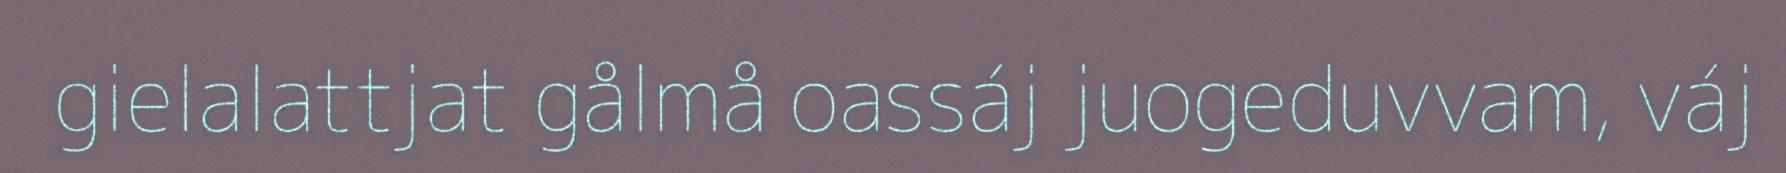
gielalattjat gålmå oassáj juogeduvvam, váj